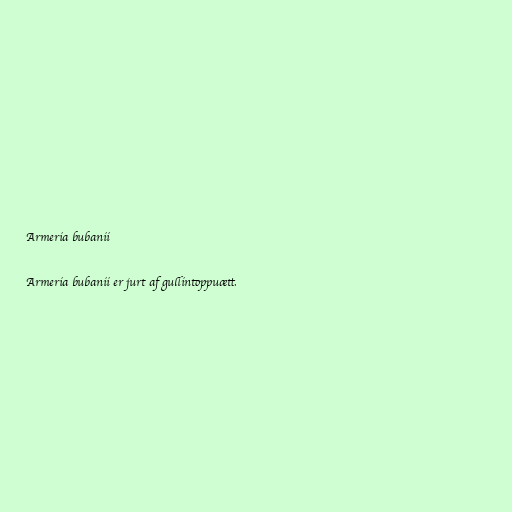
Armeria bubanii

Armeria bubanii er jurt af gullintoppuætt.